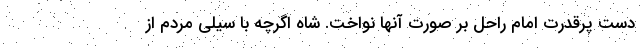
دست پرقدرت امام راحل بر صورت آنها نواخت. شاه اگرچه با سیلی مردم از